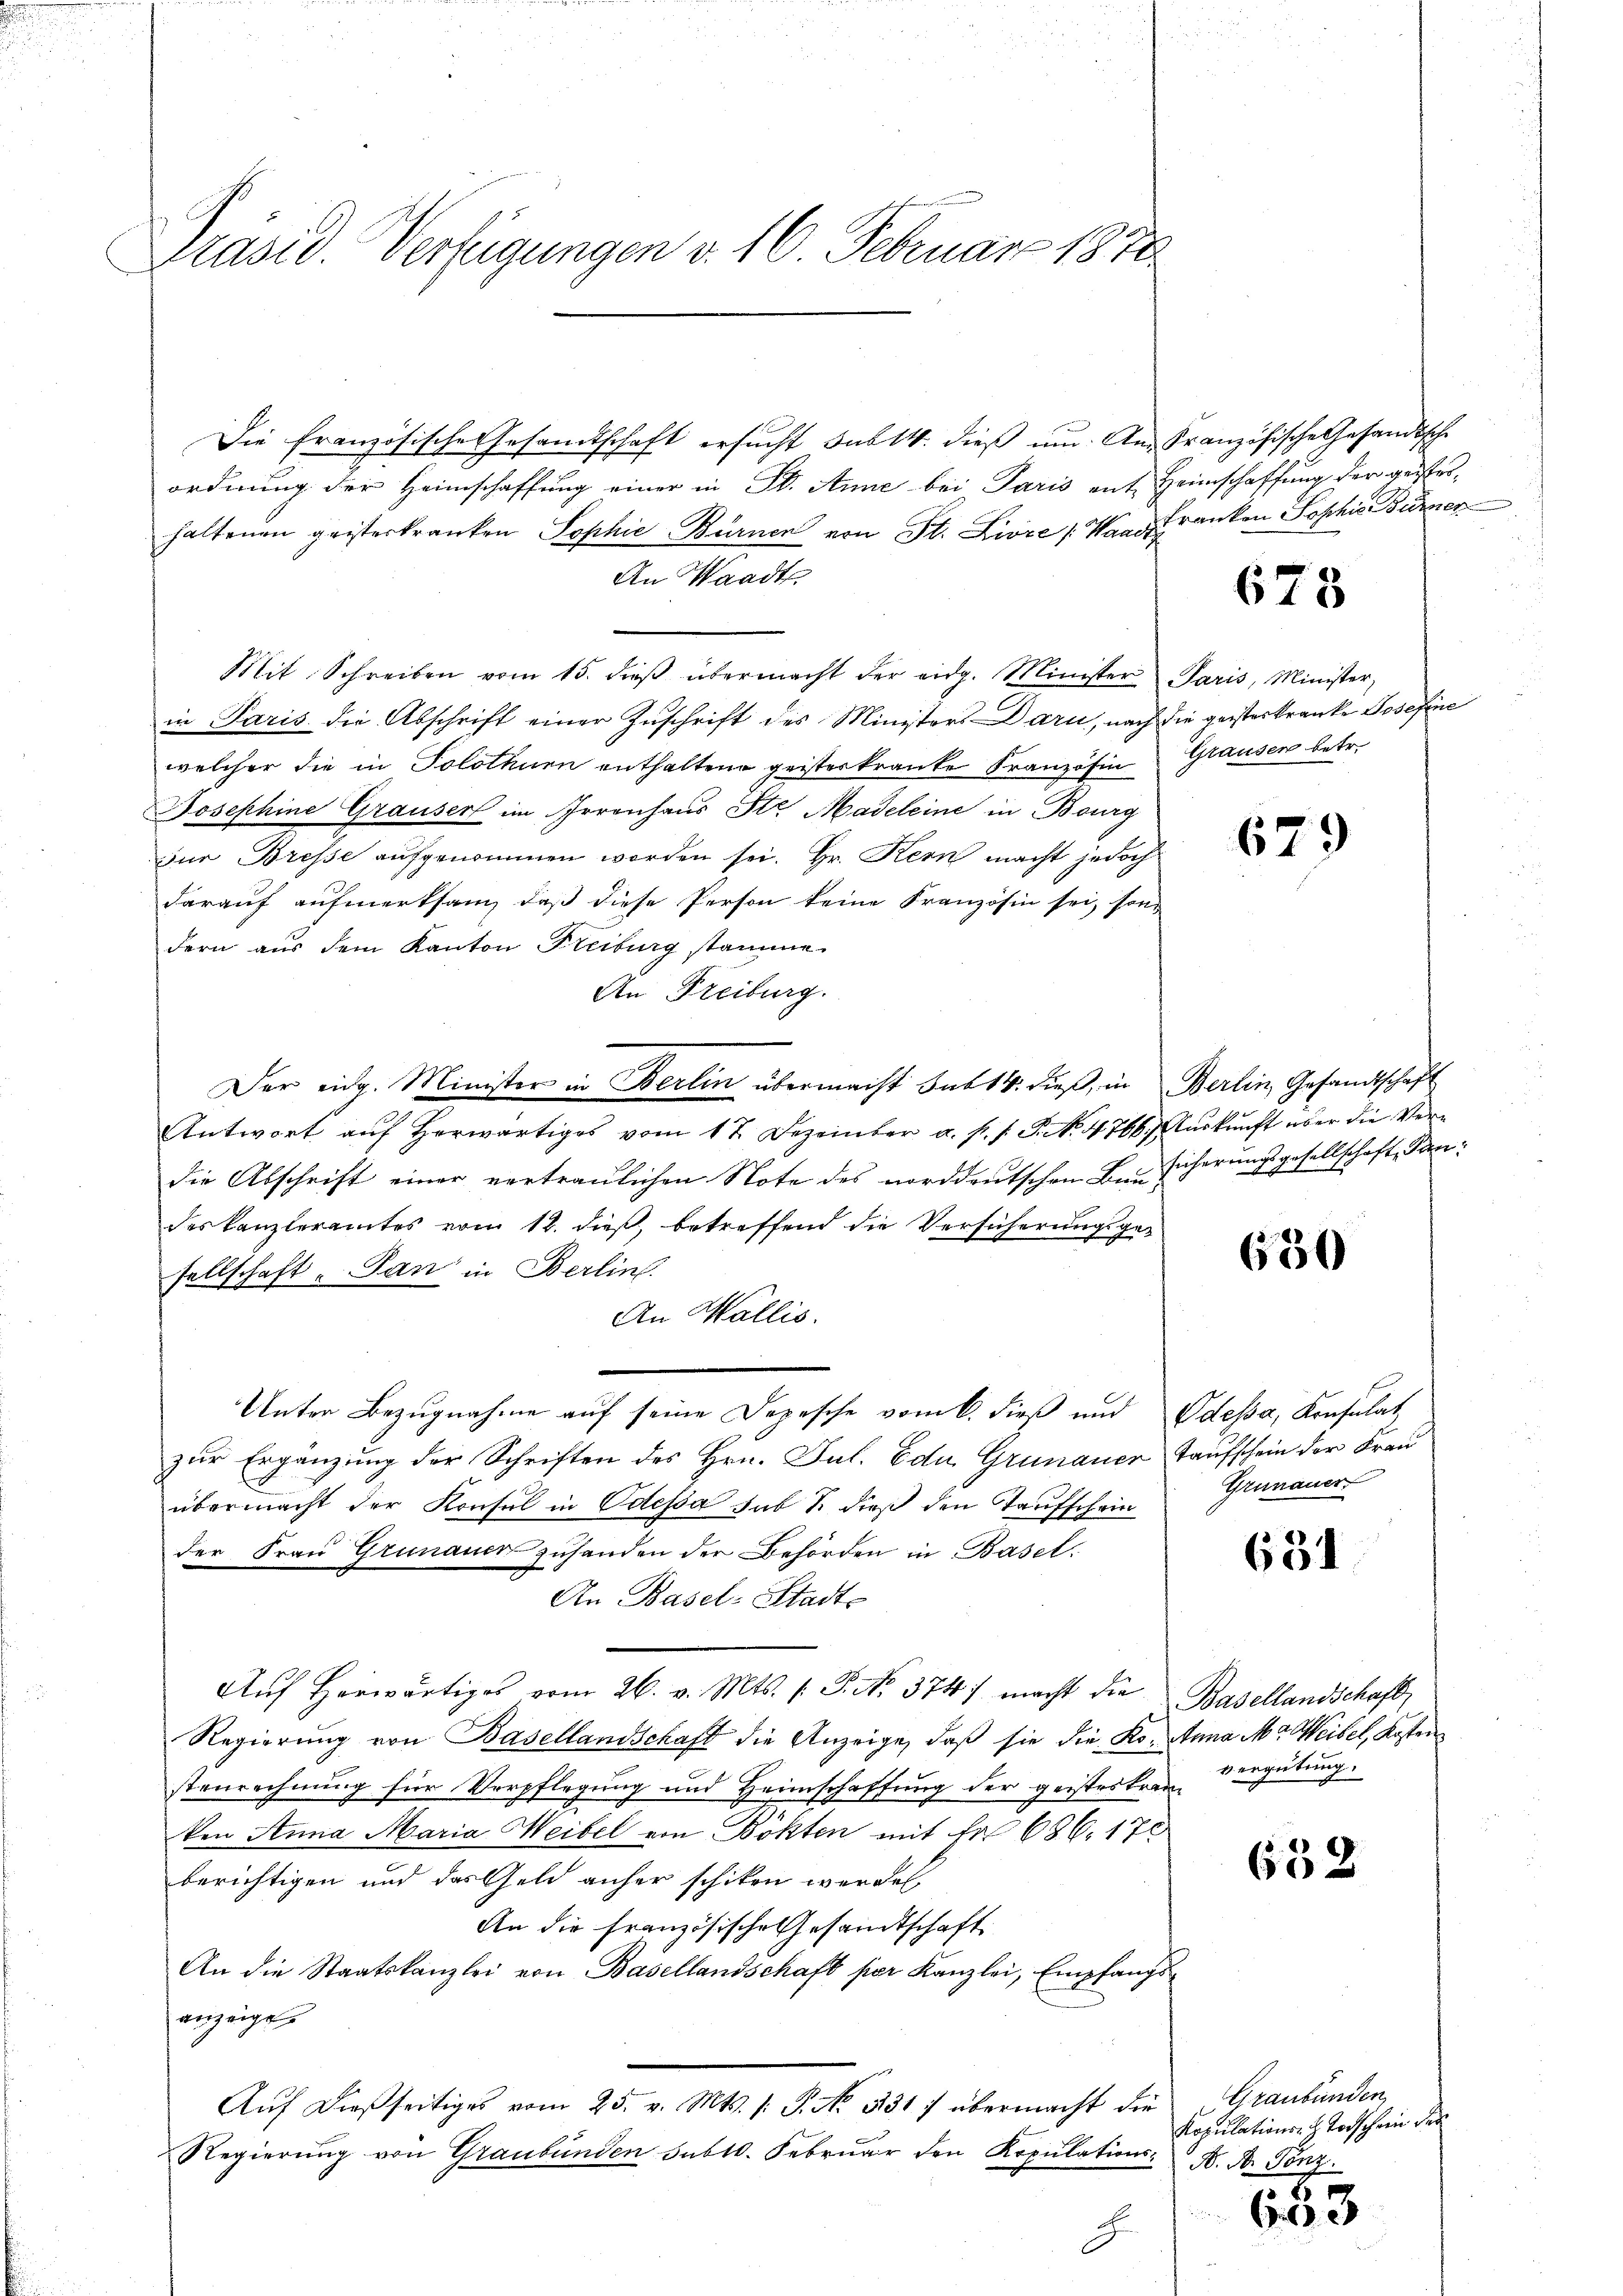
Präsid. Verfügungen v. 16. Februar 1870

Die französische Gesandtschaft ersucht sub 14. dieß um. An Französische Gesandtsche
ordnung der Heimschaffung einer in St. Anne bei Paris ent Heimschaffung der geister-
haltenen geisterkranken Sophie-Bürnen von St. Livre /: Mann Franken Sophie Burner
An Waadt
Mit Schreiben vom 15. dieβ übermacht der eidg. Minister Paris, Minister,
in Paris die Abschrift einer Zuschrift des Ministers Darn, nach die geisterkranke Josefine
welcher die in Solothurn enthaltene geisteskrante Französin Grausen betr.
Josephine Grauser im Irrenhaus St. Madeleine in Bourg
zur Bresse aufgenommen worden sei. Hr. Kern macht jedoch
darauf aufmerksam, daß diese Person keine Französin sei, sondern aus dem Kanton Freiburg stamme.
An Freiburg.
Der eidg. Minister in Berlin übermacht Sub 14. dieß, in Berlin Gesandtschaft
Antwort aŭf herwärtiges vom 17. Dezember a. s. f. P. N. 4766.) Auskunft über die Verdie Abschrift einer vertraulichen Note des norddeutschen Besicherungsgesellschaft, dandes Kanzleramtes von 12. dieß, betreffend die Versicherungsgesellschaft. Jan in Berlins.
An Wallis.
Unter Bezugnahme auf seine Depesche vom 6. dieß und Odessa, Konsulat,
zur Ergänzung der Schriften des Hrn. Jul. Edu Grünauer Taufschein der Frau
übermacht der Konsul in Odessa hab S. dieß den Taufschein Grünauer
der Frau Grünauer zusanden der Behörden in Basel-
An Basel-Stadt¬
Aŭf herwärtiges vom 26. v. Mts. (: P. Nr. 374. macht die Basellandschaft
Regierung von Basellandschaft die Anzeige, daß sie die Ro. Anna Ma Weibel, Kosten
stenrechnung für Verpflegung und Heimschaffung der geisteskran
ken Anna Maria Weibel von Bokten mit Fr. 686. 178
berichtigen und das Geld anher schiken werden.
An die Französische Gesandtschaft
An die Staatskanzlei von Basellandschaft per Kanzlei, Empfangsanzeige.
Aŭf dießseitiges vom 25. v. Mts. /: P. No. 531) übermacht die
Regierŭng von Graubünden sub 10. Febrŭar den Kopŭlations- A. A. Gonz.

673

679

650

631

vergütung.

658

Graubünden
Kopulations. H. Vorschein der
8

603